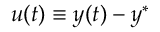
u ( t ) \equiv y ( t ) - y ^ { * }